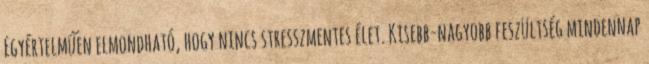
Egyértelműen elmondható, hogy nincs stresszmentes élet. Kisebb-nagyobb feszültség mindennap